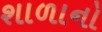
શાળાનો